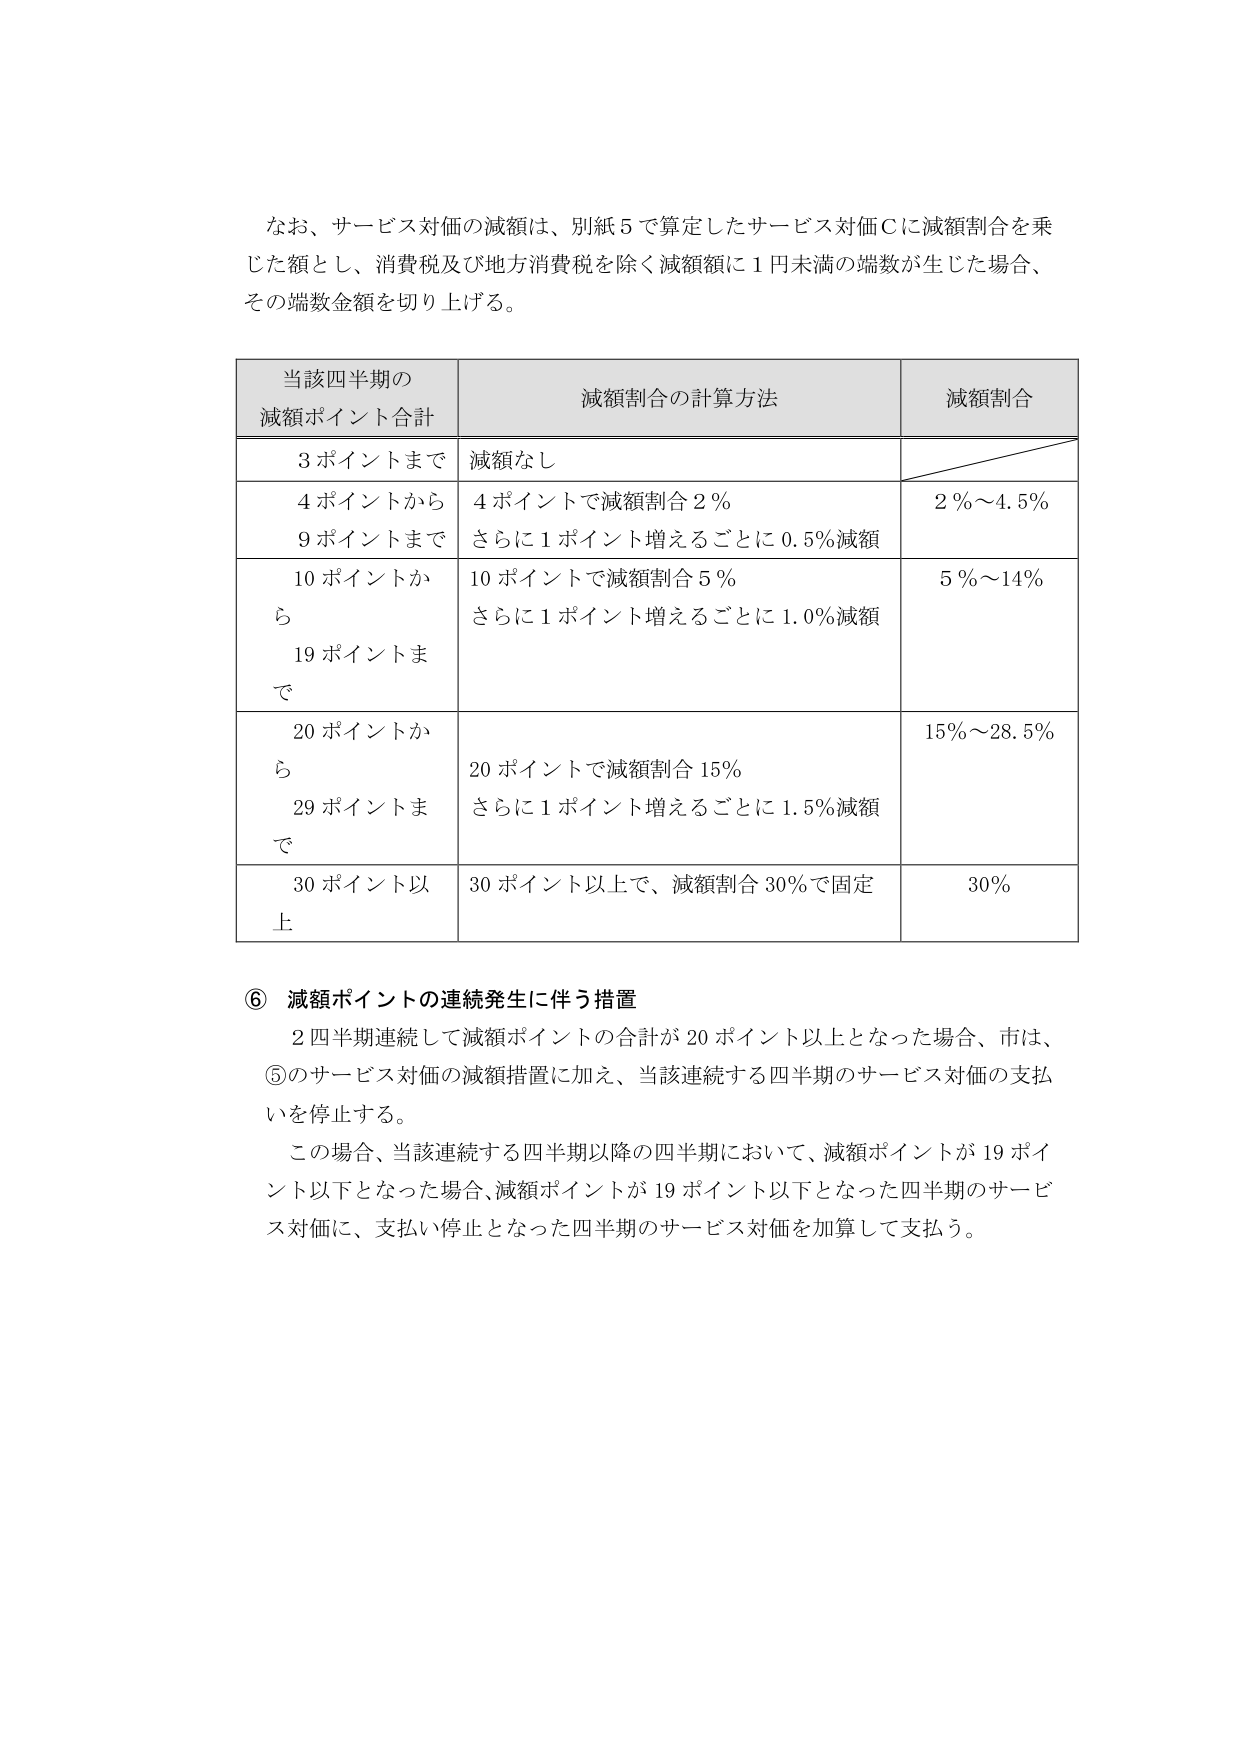
なお、サービス対価の減額は、別紙５で算定したサービス対価Ｃに減額割合を乗じた額とし、消費税及び地方消費税を除く減額額に１円未満の端数が生じた場合、その端数金額を切り上げる。

当該四半期の
減額ポイント合計	減額割合の計算方法	減額割合
３ポイントまで	減額なし
４ポイントから
９ポイントまで	４ポイントで減額割合２％
さらに１ポイント増えるごとに０.５％減額	２％～４.５％
１０ポイントから
１９ポイントまで	１０ポイントで減額割合５％
さらに１ポイント増えるごとに１.０％減額	５％～１４％
２０ポイントから
２９ポイントまで	２０ポイントで減額割合１５％
さらに１ポイント増えるごとに１.５％減額	１５％～２８.５％
３０ポイント以上	３０ポイント以上で、減額割合３０％で固定	３０％

⑥ 減額ポイントの連続発生に伴う措置
２四半期連続して減額ポイントの合計が２０ポイント以上となった場合、市は、⑤のサービス対価の減額措置に加え、当該連続する四半期のサービス対価の支払いを停止する。
この場合、当該連続する四半期以降の四半期において、減額ポイントが１９ポイント以下となった場合、減額ポイントが１９ポイント以下となった四半期のサービス対価に、支払い停止となった四半期のサービス対価を加算して支払う。